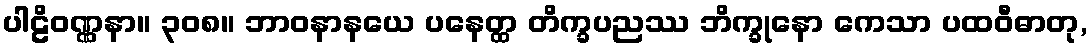
ပါဠိဝဏ္ဏနာ။ ၃၀၈။ ဘာဝနာနယေ ပနေတ္ထ တိက္ခပညဿ ဘိက္ခုနော ကေသာ ပထဝီဓာတု,